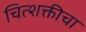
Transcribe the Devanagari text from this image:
चित्शक्तीचा